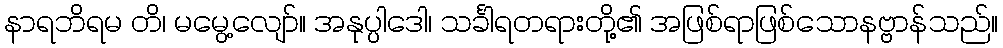
နာရဘိရမ တိ၊ မမွေ့လျော်။ အနုပ္ပါဒေါ၊ သင်္ခါရတရားတို့၏ အဖြစ်ရာဖြစ်သောနဗ္ဗာန်သည်။